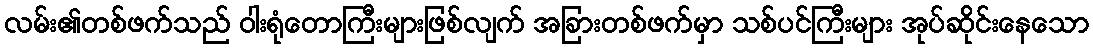
လမ်း၏တစ်ဖက်သည် ဝါးရုံတောကြီးများဖြစ်လျက် အခြားတစ်ဖက်မှာ သစ်ပင်ကြီးများ အုပ်ဆိုင်းနေသော